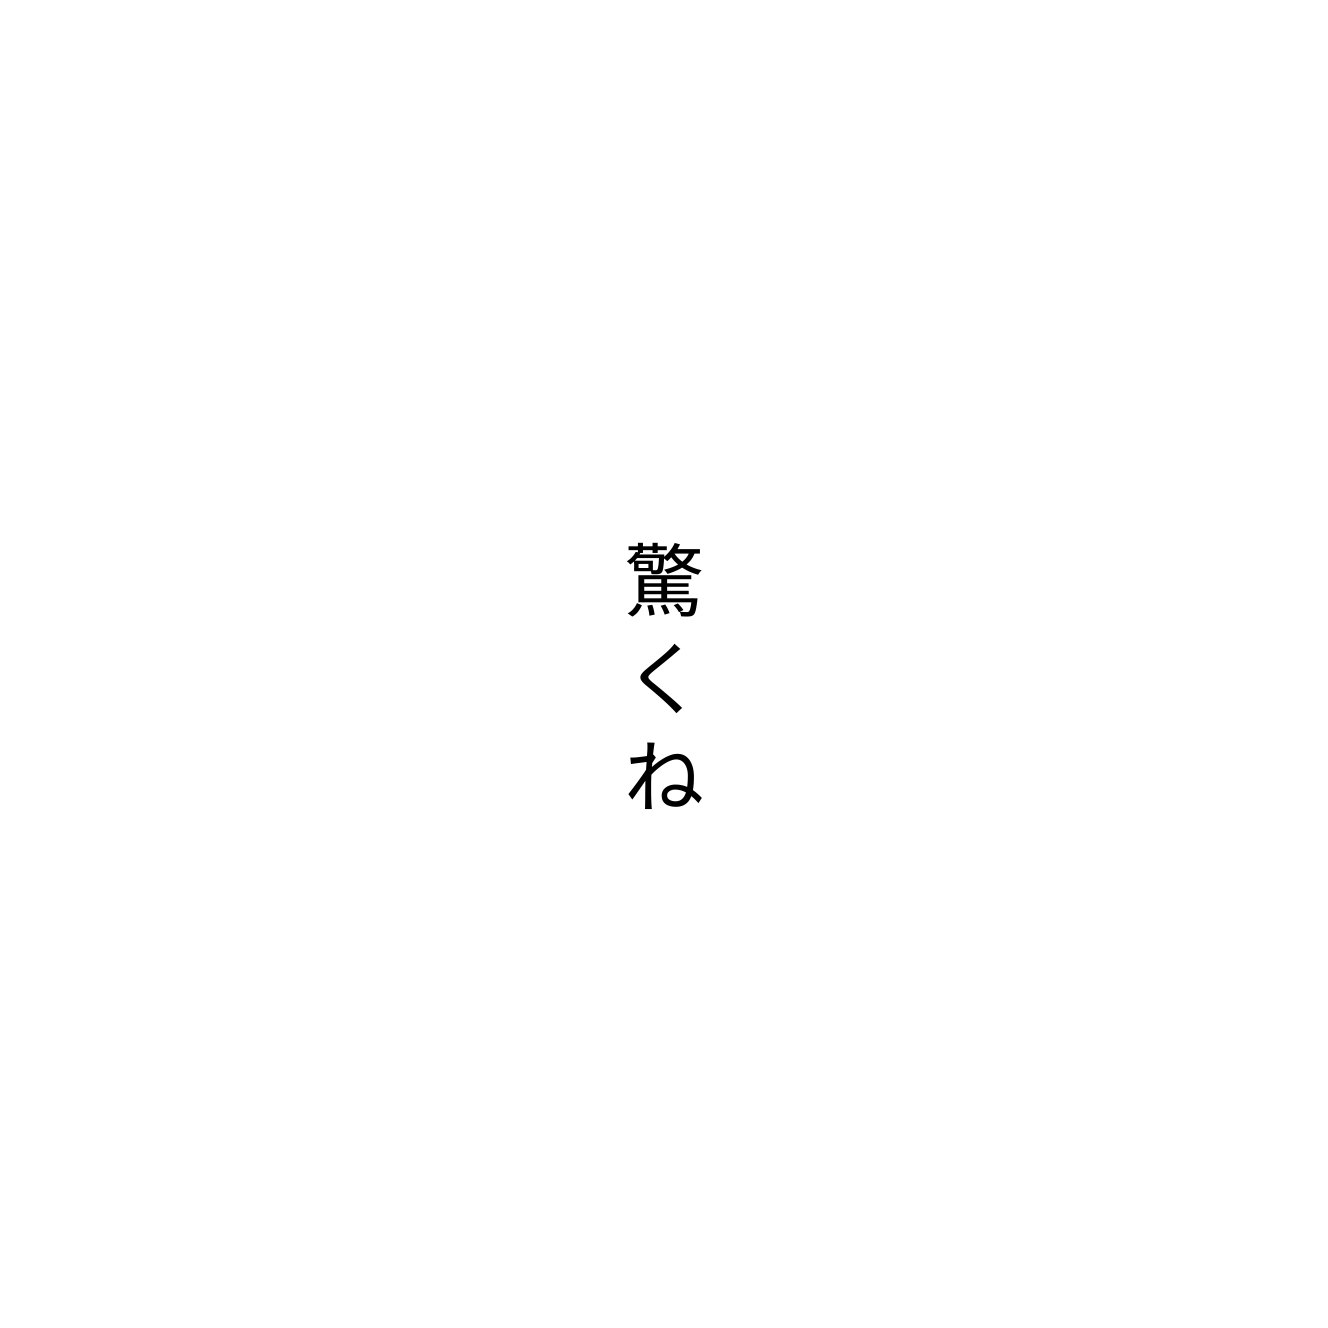
驚くね